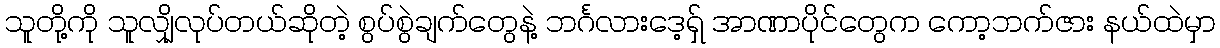
သူတို့ကို သူလျှိုလုပ်တယ်ဆိုတဲ့ စွပ်စွဲချက်တွေနဲ့ ဘင်္ဂလားဒေ့ရှ် အာဏာပိုင်တွေက ကော့ဘက်ဇား နယ်ထဲမှာ